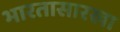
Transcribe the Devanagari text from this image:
भारतासारखा